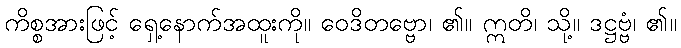
ကိစ္စအားဖြင့် ရှေ့နောက်အထူးကို။ ဝေဒိတဗ္ဗော၊ ၏။ ဣတိ၊ သို့။ ဒဋ္ဌဗ္ဗံ၊ ၏။